Report of the Indian Hemp Drugs Commission, 1894-1895 - Volume VI
Year: 1894
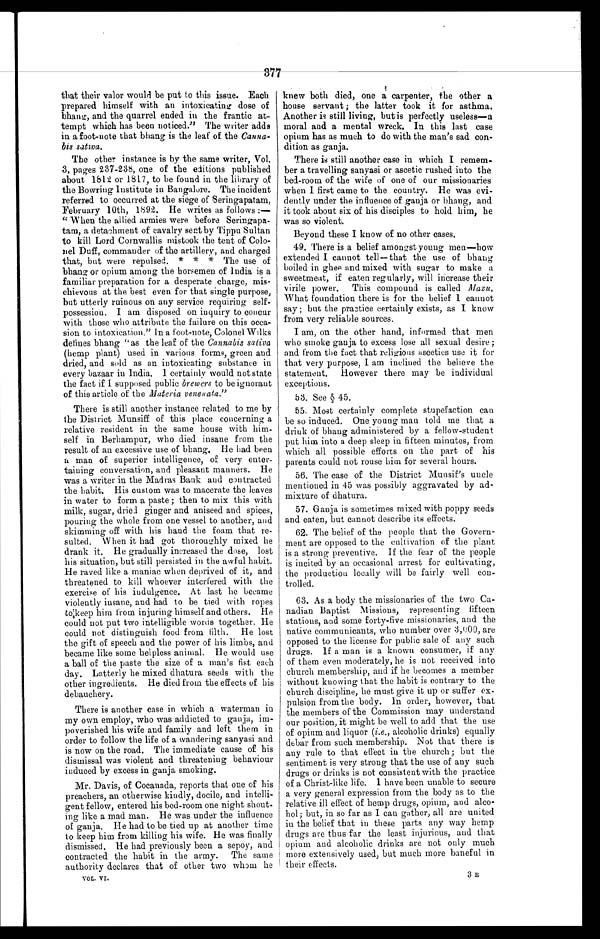
377
that their valor would be put to this issue. Each
prepared himself with an intoxicating dose of
bhang, and the quarrel ended in the frantic at-
tempt which has been noticed." The writer adds
in a foot-note that bhang is the leaf of the Canna-
bis sativa.
The other instance is by the same writer, Vol.
3, pages 237-238, one of the editions published
about 1812 or 1817, to be found in the library of
the Bowring institute in Bangalore. The incident
referred to occurred at the siege of Seringapatam,
February 10th, 1892. He writes as follows :
— " When the allied armies were before Seringapa-
tam, a detachment of cavalry sent by Tippu Sultan
to kill Lord Cornwallis mistook the tent of Colo-
nel Duff, commander of the artillery, and charged
that, but were repulsed. * * * The use of
bhang or opium among the horsemen of India is a
familiar preparation for a desperate charge, mis-
chievous at the best even for that single purpose,
but utterly ruinous on any service requiring self-
possession. I am disposed on inquiry to concur
with those who attribute the failure on this occa-
sion to intoxication." In a foot-note, Colonel Wilks
defines bhang "as the leaf of the Cannabis sativa
(hemp plant) used in various forms, green and
dried, and sold as an intoxicating substance in
every bazaar in India. I certainly would not state
the fact if I supposed public brewers to be ignorant
of this article of the Materia venenata."
There is still another instance related to me by
the District Munsiff of this place concerning a
relative resident in the same house with him-
self in Berhampur, who died insane from the
result of an excessive use of bhang. He had been
a man of superior intelligence, of very enter-
taining conversation, and pleasant manners. He
was a writer in the Madras Bank and contracted
the habit. His custom was to macerate the leaves
in water to form a paste ; then to mix this with
milk, sugar, dried ginger and aniseed and spices,
pouring the whole from one vessel to another, and
skimming off with his hand the foam that re-
sulted. When it had got thoroughly mixed he
drank it. He gradually increased the dose, lost
his situation, but still persisted in the awful habit.
He raved like a maniac when deprived of it, and
threatened to kill whoever interfered with the
exercise of his indulgence. At last he became
violently insane, and had to be tied with ropes
to keep him from injuring himself and others. He
could not put two intelligible words together. He
could not distinguish food from filth. He lost
the gift of speech and the power of his limbs, and
became like some helpless animal. He would use
a ball of the paste the size of a man's fist each
day. Latterly he mixed dhatura seeds with the
other ingredients. He died from the effects of his
debauchery.
There is another case in which a waterman in
my own employ, who was addicted to ganja, im-
poverished his wife and family and left them in
order to follow the life of a wandering sanyasi and
is now on the road. The immediate cause of his
dismissal was violent and threatening behaviour
induced by excess in ganja smoking.
Mr. Davis, of Cocanada, reports that one of his
preachers, an otherwise kindly, docile, and intelli-
gent fellow, entered his bed-room one night shout-
ing like a mad man. He was under the influence
of ganja. He had to be tied up at another time
to keep him from killing his wife. He was finally
dismissed. He had previously been a sepoy, and
contracted the habit in the army. The same
authority declares that of other two whom he
VOL. VI.
knew both died, one a carpenter, the other a
house servant ; the latter took it for asthma.
Another is still living, but is perfectly useless— a
moral and a mental wreck. In this last case
opium has as much to do with the man's sad con-
dition as ganja.
There is still another case in which I remem-
ber a travelling sanyasi or ascetic rushed into the
bed-room of the wife of one of our missionaries
when I first came to the country. He was evi-
dently under the influence of ganja or bhang, and
it took about six of his disciples to hold him, he
was so violent.
Beyond these I know of no other cases.
49. There is a belief amongst young men—how
extended I cannot tell— that the use of bhang
boiled in ghee and mixed with sugar to make a
sweetmeat, if eaten regularly, will increase their
virile power. This compound is called
M a z u
. What foundation there is for the belief I cannot
say ; but the practice certainly exists, as I know
from very reliable sources.
I am, on the other hand, informed that men
who smoke ganja to excess lose all sexual desire ;
and from the fact that religious ascetics use it for
that very purpose, I am inclined the believe the
statement. However there may be individual
exceptions.
5 3 . S e e § 4 5 .
55. Most certainly complete stupefaction can
be so induced. One young man told me that a
drink of bhang administered by a fellow-student
put him into a deep sleep in fifteen minutes, from
which all possible efforts on the part of his
parents could not rouse him for several hours.
56. The case of the District Munsif's uncle
mentioned in 45 was possibly aggravated by ad-
mixture of dhatura.
57. Ganja is sometimes mixed with poppy seeds
and eaten, but cannot describe its effects.
62. The belief of the people that the Govern-
ment are opposed to the cultivation of the plant
is a strong preventive. If the fear of the people
is incited by an occasional arrest for cultivating,
the production locally will be fairly well con
¬trolled.
63. As a body the missionaries of the two Ca-
nadian Baptist Missions, representing fifteen
stations, and some forty-five missionaries, and the
native communicants, who number over 3,000, are
opposed to the license for public sale of any such
drugs. If a man is a known consumer, if any
of them even moderately, he is not received into
church membership, and if he becomes a member
without knowing that the habit is contrary to the
church discipline, he must give it up or suffer ex-
pulsion from the body. In order, however, that
the members of the Commission may understand
our position, it might be well to add that the use
of opium and liquor ( i.e ., alcoholic drinks) equally
debar from such membership. Not that there is
any rule to that effect in the church; but the
sentiment is very strong that the use of any such
drugs or drinks is not consistent with the practice.
of a Christ-like life. I have been unable to secure
a very general expression from the body as to the
relative ill effect of hemp drugs, opium, and alco-
hol; but, in so far as I can gather, all are united
in the belief that in these parts any way hemp
drugs are thus far the least injurious, and that
opium and alcoholic drinks are not only much
more extensively used, but much more baneful in
their effects.
3E